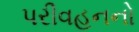
પરીવહનનો